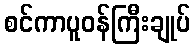
စင်ကာပူဝန်ကြီးချုပ်